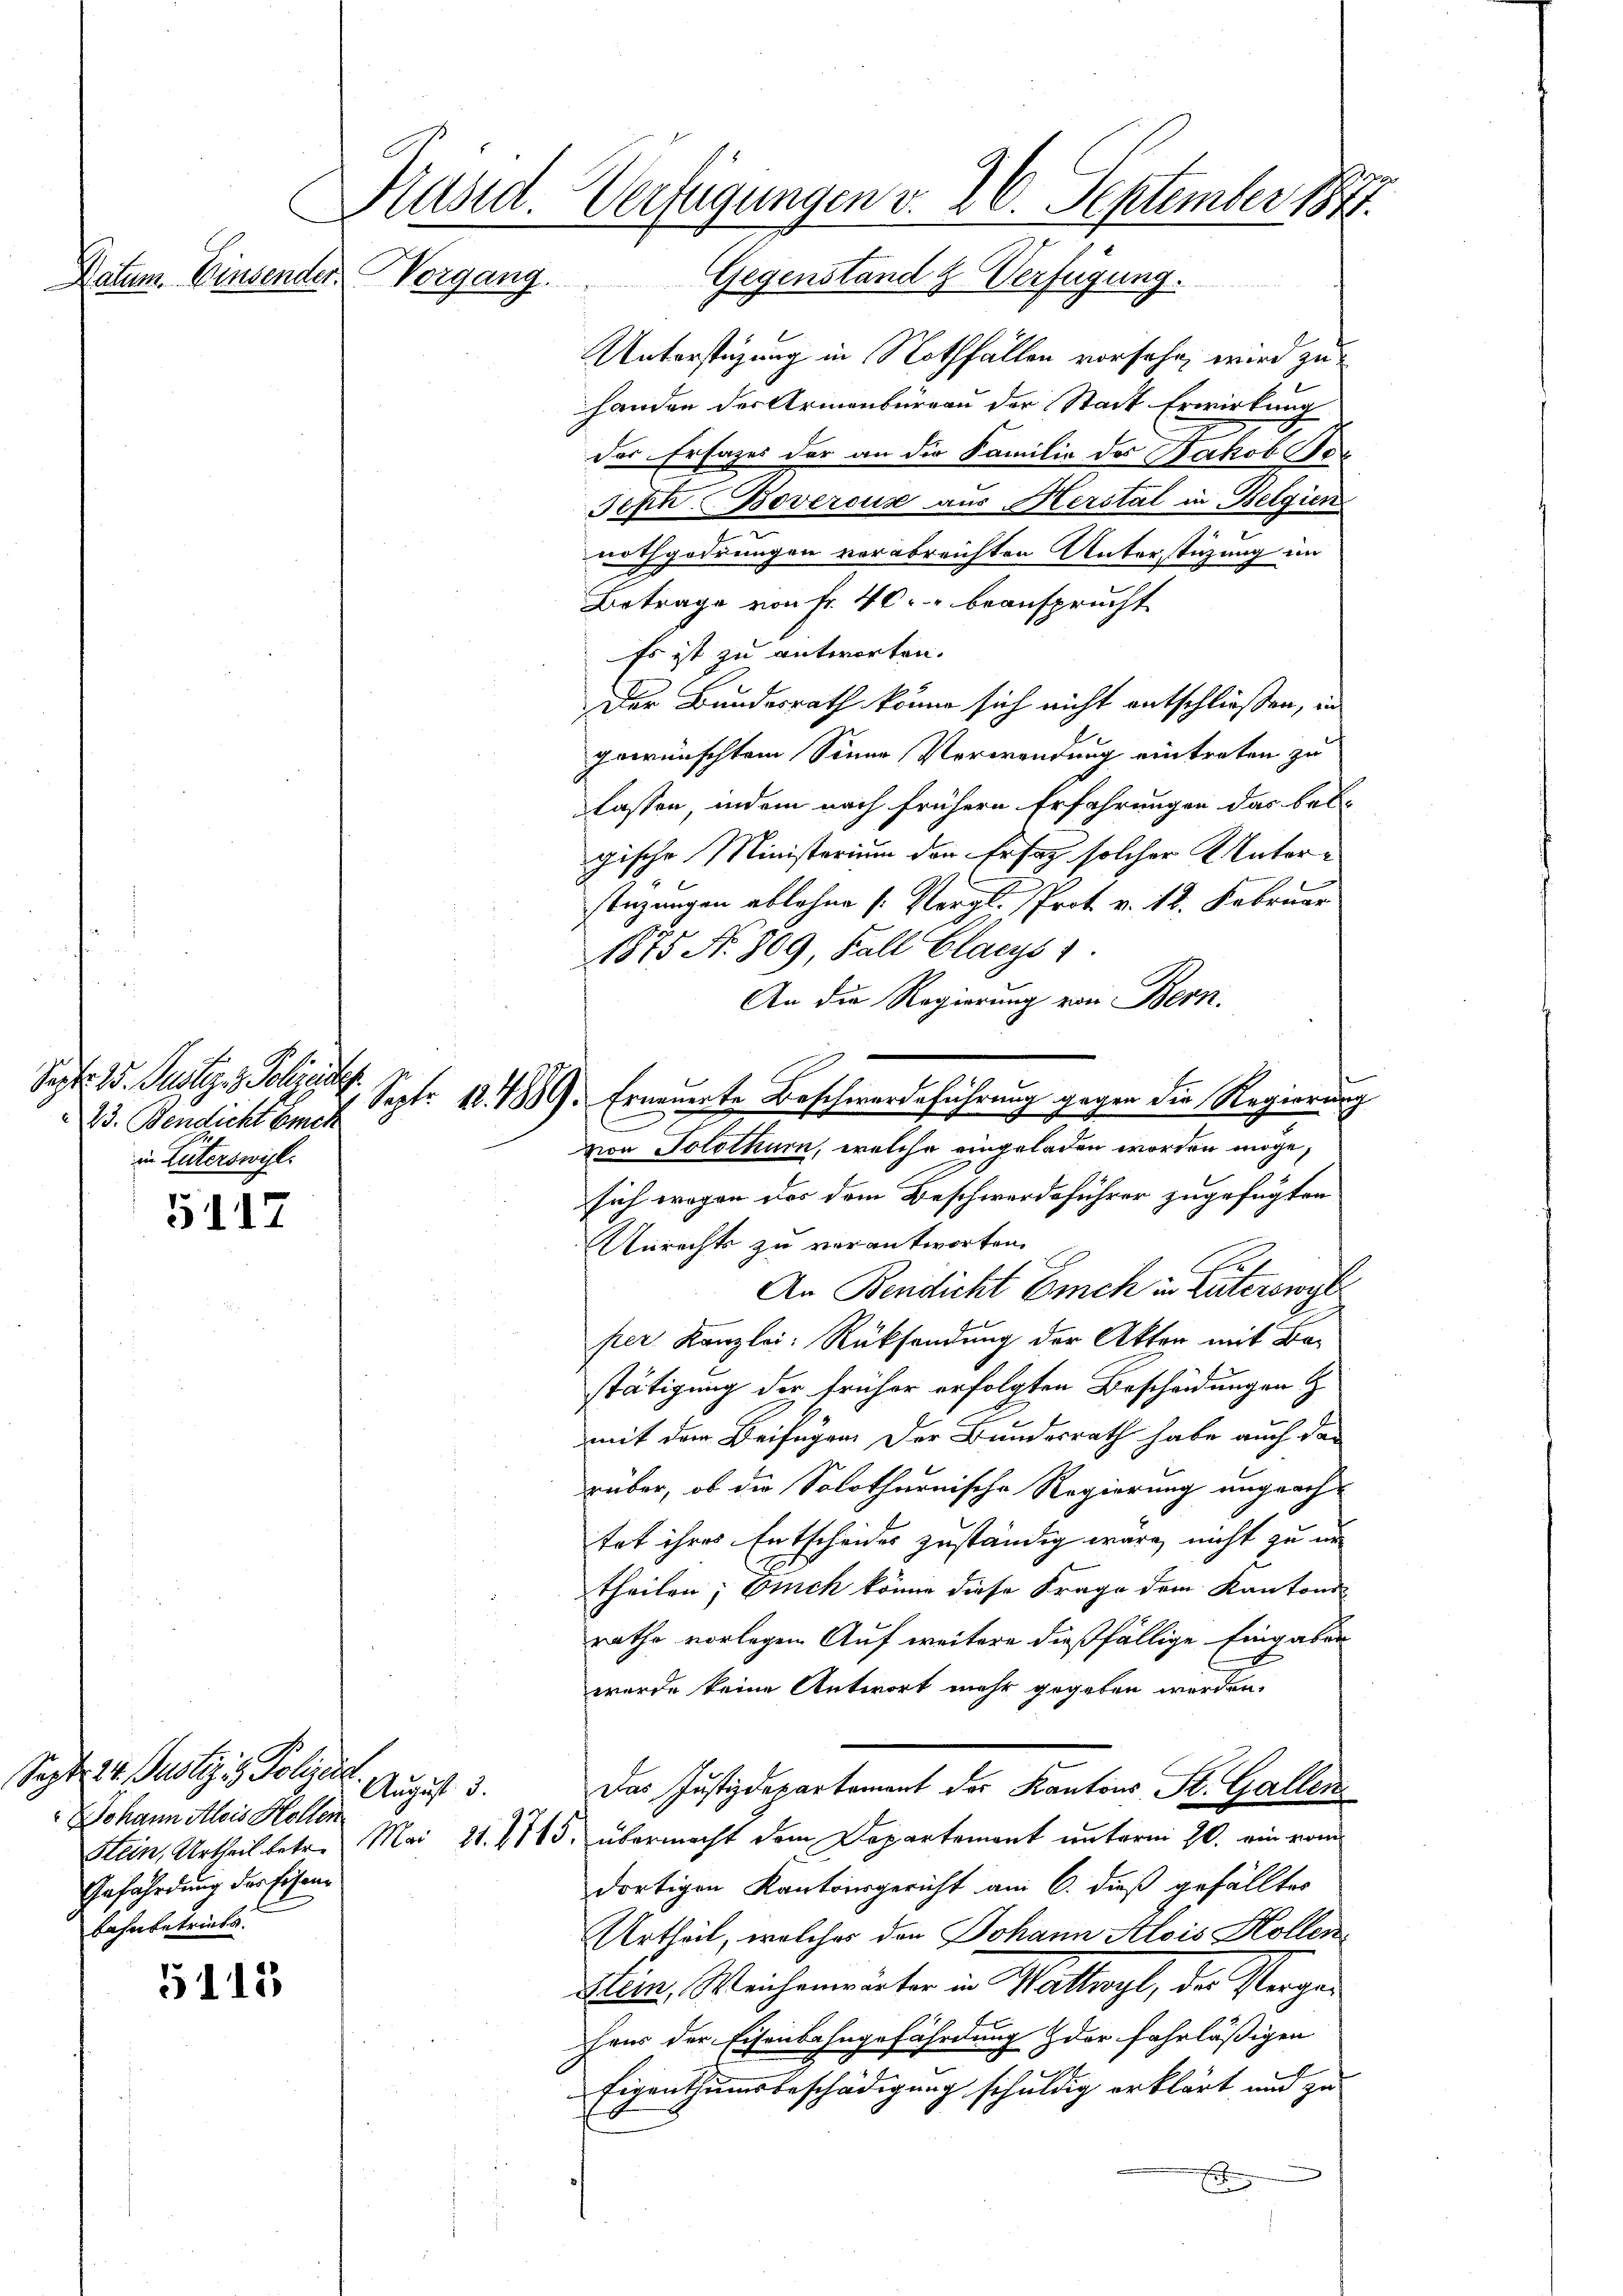
Sept. 15. Justiz- & Polizeilig
23. Bendicht auch
in Literswil

5117

5115

d
Präsid. Verfügungen v. 26. September 1841.
Giegenstand
geng
.
G.
Vatum. Einsender. Vorgang.
Z
be

Sept. 14. Justizio Poliere
August d.
Johann Alois Hollen
Gefährdung der Eisenfahnbetriebs

Sept. 12. 1889. Erneuerte Beschwerdeführung gegen die Regierung

Unterstüzung in Nothfallen vorsehe, wird zu
handen der Armenburgau der Stadt Erwirkung
der Erlages der an die Familie des Jakob Pe¬
Jeph. Bovercus aus Herstal in Belgien
nothgedrungen vorabreichten Unterstüzung im
Betrage von Fr. 40. beansprucht
Es ist zu antworten.
Der Bundesrath könne sich nicht entschließen, in
gewünschtem Sinne Verwendung eintreten zu
lassen, indem nach frühern Erfahrungen das belgische Ministerium den Ersatz solcher Vater¬
Anzungen ablehne Vergl. Prot. v. 12. Februar
1875 No 809, Fall Glacys 1.
An die Regierung von Bern.
von Solothurn, welche eingeladen worden möge,
sich wegen das dem Beschwerdeführer zugefügten
Unrechts zu verantworten.
An Bendlicht Eich in Güterswyl
per Kanzlei Rücksendung der Akten mit Bestätigung der früher erfolgten Bescheidungen
mit der Beifügen der Bundesrath habe auch dan
rüber, ob die Solothurnische Regierung ungeachtat ihres Entscheides zuständig wäre, nicht zu un
theilen; Euch könne diese Frage dem Kantons
rathe vorlegen Auf weitere dießfällige Eingaben
wurde keine Antwort mehr gegeben werden.
Das Justizdepartement des Kantons St. Gallen
Klein, Urtheil betr. Mai 21. 2745. übermacht dem Departement unterm 20. ein vom
dortigen Kantonsgericht am 6. dieß gefälltes
Urtheil, welches den Johann Alois Hollen¬
Stein, Weichenwärter in Wattwyl, das Vergehens der Eisenbahngefährdung der fahrläßigen
Eigenthumsbeschädigung schuldig erklärt und zu
x